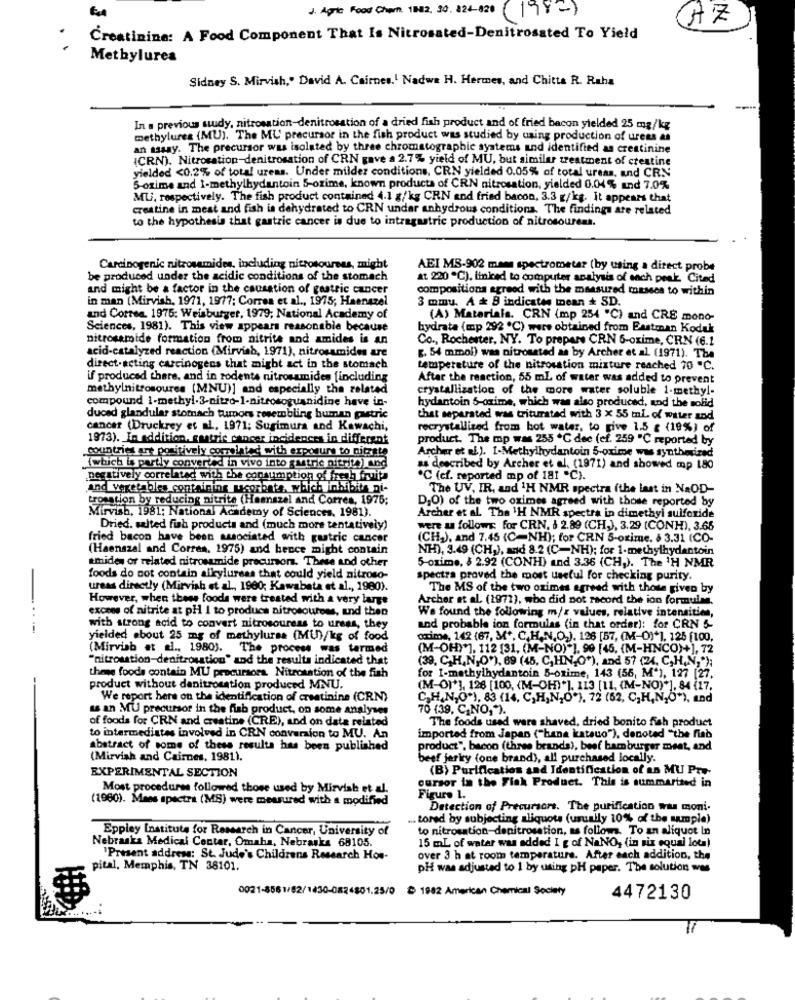
J. Agric Food Char 1612. 30.324-820
(1982)
AZ
Creatinine: A Food Component That Is Nitrosated-Denitrosated To Yield
Methylures
Sidney S. Mirvish," David A. Cairnes.1 Nadwa H. Hermes, and Chitta R. Raha
In a previous study, nitrosation-denitrosation of a dried fish product and of fried bacon yielded 25 mg/kg
methylures (MU). The MU precursor in the fish product was studied by using production of urees as
an assay. The precursor was isolated by three chromatographic systems and identified as creatinine
(CRN). Nitrosation-denitrosation of CRN gave a 2.7% yield of MU, but similar treatment of creatine
yielded <0.2% of total ureas. Under milder conditions, CRN yielded 0.05% of total ureas, and CRN
5-orime and 1-methylhydantoin 5-ozime, known products of CRN nitrosation, yielded 0.04 % and 7.0%
MU, respectively. The fish product contained 4.1 g/kg CRN and fried bacon, 3.3 g/kg. It appears that
creatine in meat and fish is dehydrated to CRN undar anhydrous conditions. The findings are related
to the hypothesis that gastric cancer is due to intragastric production of nitrosourens.
Carcinogenic nitrosamides, including nitrosouress, might
AEI MS-902 mass spectrometer (by using a direct probe
be produced under the acidic conditions of the stomach
at 220 ℃), linked to computer analysis of ench peak Cited
and might be a factor in the causation of gastric cancer
compositions agreed with the measured masses to within
in man (Mirvish, 1971, 1977; Corren et al ., 1975; Haenazel
3 mmu. A & B indicates mean + SD.
and Correa. 1975: Weisburger, 1979; National Academy of
(A) Materials. CRN (mp 254 "C) and CRE mono-
Sciences, 1981). This view appears reasonable because
hydrata (mp 292 ℃) were obtained from Eastman Kodak
nitrosamide formation from nitrite and amides is an
Co ., Rochester, NY. To prepare CRN 6-oxime, CRN (6.1
acid-catalyzed reaction (Mirvish, 1971), nitrosamides are
[. 54 mmol) was nitrosated as by Archer et al. (1971). The
direct-acting carcinogens that might act in the stomach
temperature of the nitroustion mixture reached 70 "C.
if produced there, and in rodents nitrosamides [including
After the reaction, 55 ml of water was added to prevent
methylnitrosoures (MNU)] and especially the related
crystallization of the more water soluble 1-methyl-
compound 1-methyl.3-nitro-1-nitrosoguanidine have in-
hydantoin 5-oxime, which was also produced, and the solid
duced glandular stomach tumors resembling human puestric
that separated was triturated with 3 x 55 ml of water and
cancer (Druckrey et al, 1971; Surimura and Kawachi,
recrystallized from hot water, to give 1.5 g (19%) of
1973). In addition, gastric cancer incidences in different
product. The mp was 255 ℃ dee (cf. 259 "℃ reported by
countries art positively correlated with exposure to nitrate
Archer et al.). I-Methylbydantoin 5-oxime was synthesized
(which is partly converted in vivo into gastric aftrit) und
as described by Archer et al. (1971) and showed mp 180
negatively correlated with the consumption of fresh fruits
℃ (cf. reported mp of 181 "C).
and vegetables containing ucorbata, which inhibits ni-
The UV, IR, and 1H NMR spectra (the last in NaOD-
troration by reducing nitrite (Hamszel and Correa, 1976;
D,O) of the two oximes agreed with those reported by
Mirvish, 1981; National Academy of Sciences, 1981).
Archer et al. The 'H NMR spectra in dimethyl sulfonide
Dried. salted fish products and (much more tentatively)
were u follows: for CRN. & 2.89 (CH,), 3.29 (CONH), 3.66
fried bacon have been associated with gastric cancer
(CH.), and 7.45 (C-NH); for CRN 5-oxime. $ 3.31 (CO-
(Haenszal and Correa, 1975) and becce might contain
NH), 3.49 (CH,), and 8.2 (C-NH); for 1-methylhydantoin
smides or related nitrosamide precursor. These and other
5-oxime, $ 2.92 (CONH) and 3.36 (CH,). The 'H NMR
foods do not contain allylureas that could yield nitroso-
spectra proved the most useful for checking purity.
ureas directly (Mirvish et al ., 1960; Kawabata et al ., 1980).
The MS of the two oximes agreed with those given by
However, when thees foods were treated with a very large
Archer et al. (1972), who did not record the ion formulas.
excees of nitrite at pil I to produce nitrosources, and then
We found the following m/s values, relative intensities,
---
with strong acid to convert nitrosoureas to urens, they
and probable ion formulas (in that order): for CRN 5-
yielded ebout 25 mg of methylurss (MU)/kg of food
oxime, 142 (67, M", C.H.N.O.), 126 [57, (M-O)*], 125 (100,
(Mirvish et al ., 1980). The process was tarmed
(M-OH)*], 112 [31, (M-NO)"], 90 (45. (M-HNCO)+], 72
"nitroustion-denitrosation" and the results indicated that
(39, C,H,N,O"), 69 (45, C,HN,O*), and 57 (24, C,H,N,");
theme foods contain MU precursora. Nitrosation of the fish
for I-methylhydantoin B-onime, 143 (56, M'), 127 [27.
product without danitrosation produced MNU.
(M-O)*], 128 [100, (M-OH)"]. 113 [11. (M-NO)"], 84 (17,
We report here on the identification of creatinine (CRN)
C.H.N,O"), 83 (14, C,H,N,O*), 72 (62, C,H,N,O*), and
as an MU precursor in the fib product, on some analyses
70 (39, C.NO,").
of foods for CRN and creatine (CRE), and on date related
The foods used were shaved, dried bonito fish product
to intermediates involved in CRN conversion to MU. An
imported from Japan ("bana katauo"), denoted "the find
abstract of some of these results has been published
product", bacon (three brands), beef hamburger meat, and
(Mirvish and Cairnes, 1981).
beef jerky (one brand), all purchased locally.
EXPERIMENTAL SECTION
(B) Purification and Identification of an MU Pro-
Most procedures followed those used by Mirvish et al.
cursor in the Flak Product. This is summarited in
(1960). Maes spectra (MS) were measured with a modified
Figure 1.
Detection of Precursore. The purification was moni.
... tored by subjecting aliquots (usually 10% of the sample)
Eppley Institute for Research in Cancer, University of
to nitrosation-denitrosation, as follows. To an aliquot In
Nebraska Medical Centar, Omaha, Nebraska 68105.
15 ml of water was added I g of NaNO, (in six equal lot!
Present address: St. Jude's Childrens Research Hos-
over 3 h at room temperature. After each addition, the
pital. Memphis, TN 38101.
pH was adjusted to 1 by using pH paper. The solution was
0021-8561/82/1430-0824801.25/0 ℃ 1982 American Chemical Society
4472130